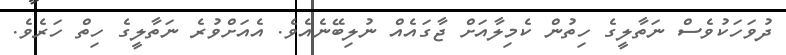
ދުވަހަކުވެސް ނަތާލީގެ ހިތުން ކެމިލާއަށް ޖާގައެއް ނުލިބޭނެއެވެ. އެއަށްވުރެ ނަތާލީގެ ހިތް ހަރެވެ.